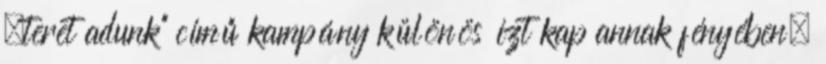
„teret adunk” című kampány különös ízt kap annak fényében,